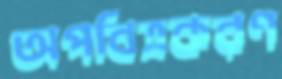
অপবিত্রকরণ